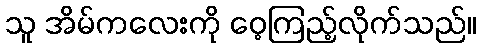
သူ အိမ်ကလေးကို ဝေ့ကြည့်လိုက်သည်။